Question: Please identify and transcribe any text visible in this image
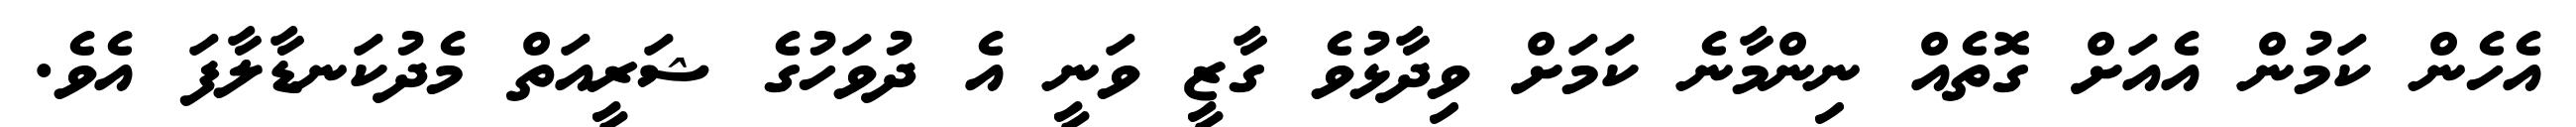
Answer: އެހެން ކަމުން އެއަށް ގޮތެއް ނިންމާނެ ކަމަށް ވިދާޅުވެ ގާޒީ ވަނީ އެ ދުވަހުގެ ޝަރީއަތް މެދުކަނޑާލާފަ އެވެ.